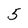
Character: 5